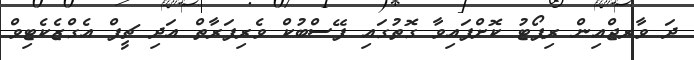
ދަ ވާރޖްއިން ރިޕޯޓު ކޮށްފައިވާ ގޮތުގައި ފޭސްބުކް ވެރިފަރާތް އަދި ޗީފް އެގްޒެކެޓިވް